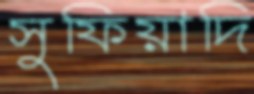
সুফিয়াদি